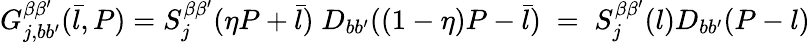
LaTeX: G_{j,bb^{\prime}}^{\beta\beta^{\prime}}(\bar{l},P)=S_{j}^{\beta\beta^{\prime}}(\eta P+\bar{l})\; D_{bb^{\prime}}((1-\eta)P-\bar{l})\; =\; S_{j}^{\beta\beta^{\prime}}(l)D_{bb^{\prime}}(P-l)